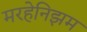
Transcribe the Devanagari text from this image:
मरहेनिझम